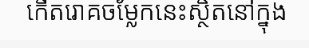
កើតរោគចម្លែកនេះស្ថិតនៅក្នុង